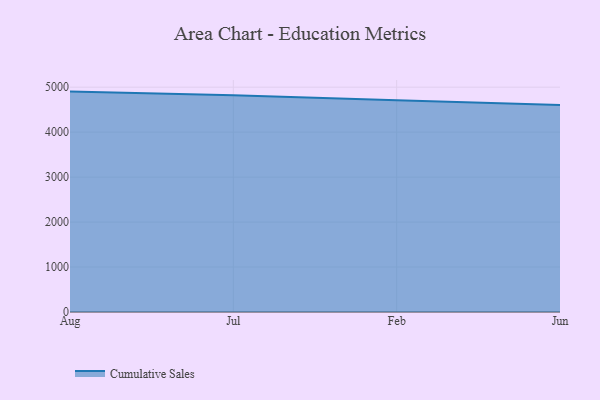
{"axis": {"x": "Month", "y": "Revenue (USD Million)"}, "legend": ["Cumulative Sales"], "data": [{"x": "Aug", "y": 4901.5, "type": "Cumulative Sales"}, {"x": "Jul", "y": 4822.0, "type": "Cumulative Sales"}, {"x": "Feb", "y": 4711.2, "type": "Cumulative Sales"}, {"x": "Jun", "y": 4604.1, "type": "Cumulative Sales"}]}